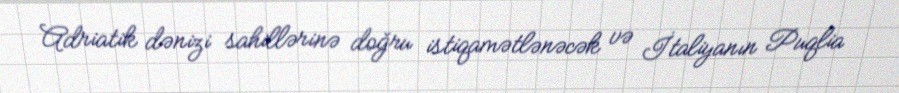
Adriatik dənizi sahillərinə doğru istiqamətlənəcək və İtaliyanın Puqlia